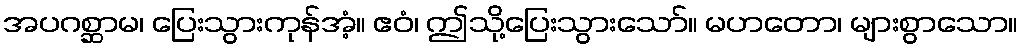
အပဂစ္ဆာမ၊ ပြေးသွားကုန်အံ့။ ဧဝံ၊ ဤသို့ပြေးသွားသော်။ မဟတော၊ များစွာသော။